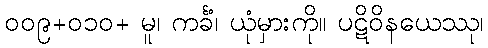
၀၀၉+၀၁၀+ မူ၊ ကင်္ခံ၊ ယုံမှားကို။ ပဋိဝိနယေဿု၊